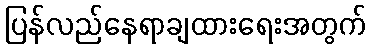
ပြန်လည်နေရာချထားရေးအတွက်